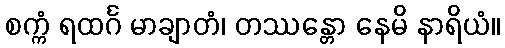
စက္ကံ ရထင်္ဂ မာချာတံ၊ တဿန္တော နေမိ နာရိယံ။